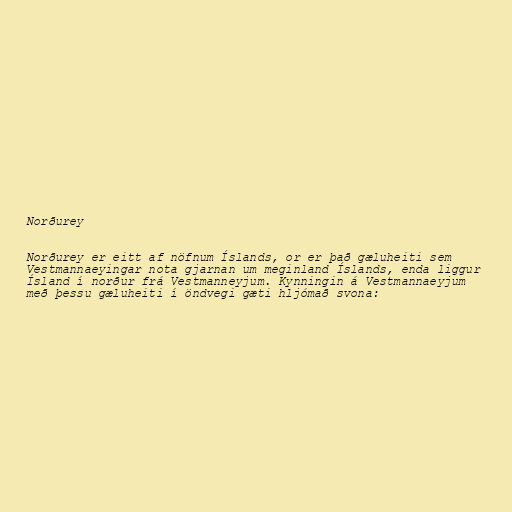
Norðurey

Norðurey er eitt af nöfnum Íslands, or er það gæluheiti sem
Vestmannaeyingar nota gjarnan um meginland Íslands, enda liggur
Ísland í norður frá Vestmanneyjum. Kynningin á Vestmannaeyjum
með þessu gæluheiti í öndvegi gæti hljómað svona: